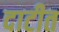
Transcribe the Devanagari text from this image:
दाटीत